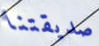
صديقتنا